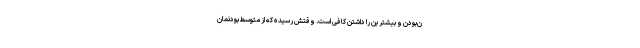
ن‌بودن و بیشترین را داشتن کافی است. وقتش رسیده که از متوسط‌بودنمان